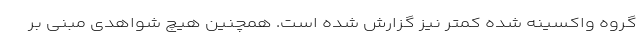
گروه واکسینه شده کمتر نیز گزارش شده است. همچنین هیچ شواهدی مبنی بر